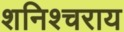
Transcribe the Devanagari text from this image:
शनिश्चराय